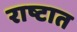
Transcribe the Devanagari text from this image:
राष्टात